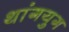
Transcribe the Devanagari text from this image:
थांगयुग